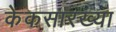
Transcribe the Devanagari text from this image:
केकसारख्या